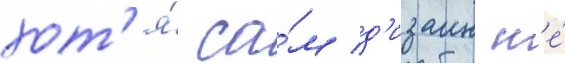
хот'я́ са́м д'изаин н'е́